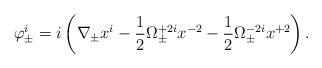
LaTeX: \begin{align*}\varphi^i_{\pm}=i\left(\nabla_{\pm}x^{i}-\frac12\Omega^{+2i}_{\pm}x^{-2}-\frac12\Omega^{-2i}_{\pm}x^{+2}\right).\end{align*}